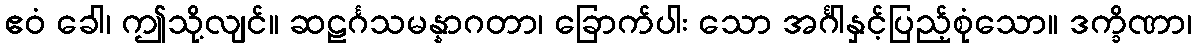
ဧဝံ ခေါ၊ ဤသို့လျင်။ ဆဠင်္ဂသမန္နာဂတာ၊ ခြောက်ပါး သော အင်္ဂါနှင့်ပြည့်စုံသော။ ဒက္ခိဏာ၊